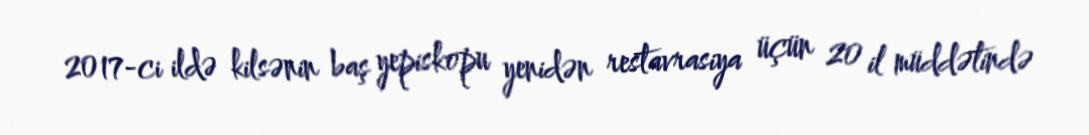
2017-ci ildə kilsənin baş yepiskopu yenidən restavrasiya üçün 20 il müddətində